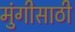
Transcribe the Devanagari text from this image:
मुंगीसाठी